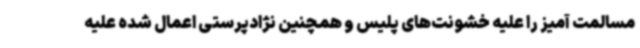
مسالمت آمیز را علیه خشونت‌های پلیس و همچنین نژادپرستی اعمال شده علیه